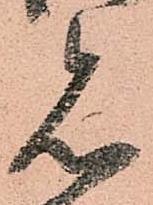
見